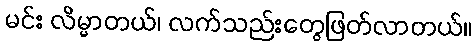
မင်း လိမ္မာတယ်၊ လက်သည်းတွေဖြတ်လာတယ်။